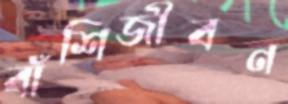
বাঁশিজীবন